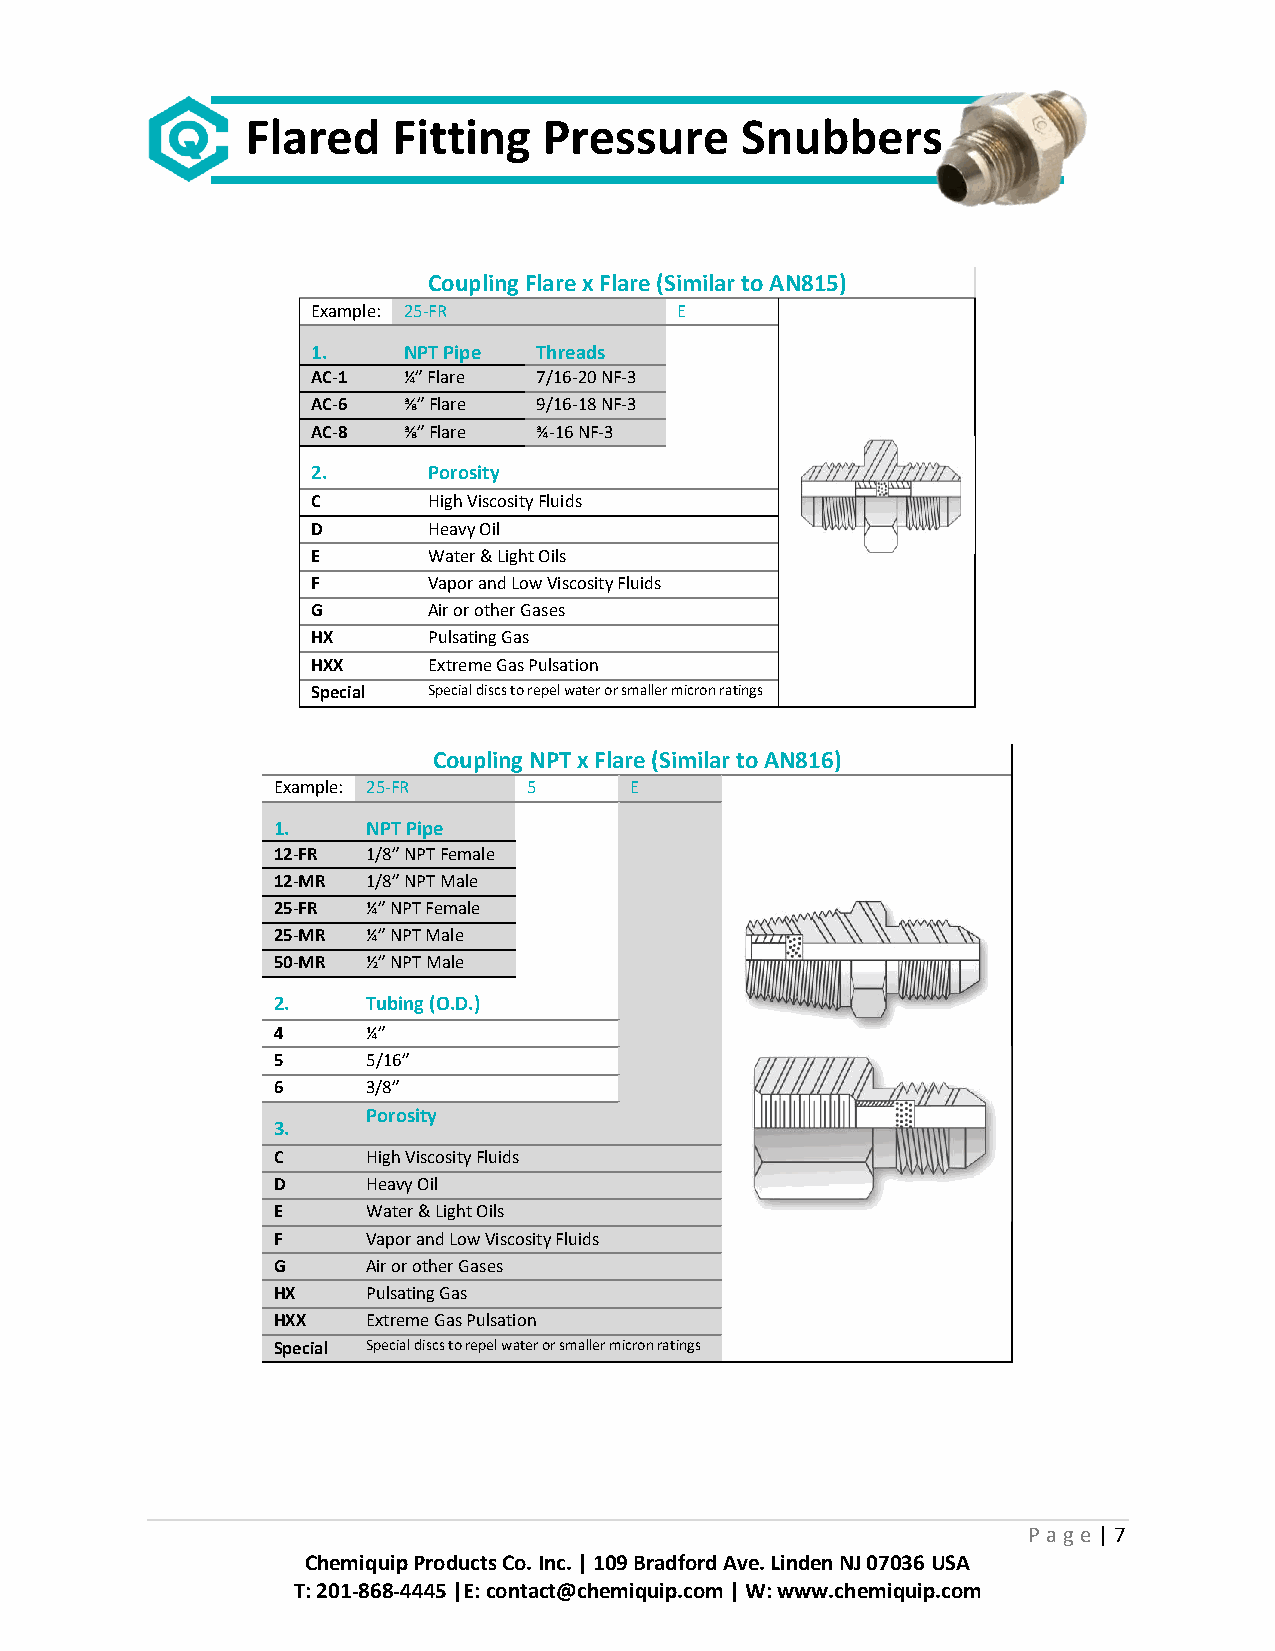
Flared    Fitting   Pressure     Snubbers
 Coupling Flare x Flare (Similar to AN815)
 Example: 25-FR          E
 1.    NPT P ipe Threads
 AC-1  ¼” Flare 7/16-20 NF-3
 AC-6  ⅜” Flare 9/16-18 NF-3
 AC-8  ⅜” Flare ¾-16 NF-3
 2.     Porosity
 C      High Viscosity Fluids
 D      Heavy Oil
 E      Water & Light Oils
 F      Vapor and Low Viscosity Fluids
 G      Air or other Gases
 HX     Pulsating Gas
 HXX    Extreme Gas Pulsation
 Special Special discs to repel water or smaller micron ratings
 Coupling NPT x Flare (Similar to AN816)
 Example: 25-FR   5      E
 1.    NPT Pipe
 12-FR 1/8” NPT Female
 12-MR 1/8” NPT Male
 25-FR ¼” NPT Female
 25-MR ¼” NPT Male
 50-MR ½” NPT Male
 2.    Tubing (O.D.)
 4     ¼”
 5     5/16”
 6     3/8”
 Porosity
 3.
 C     High Viscosity Fluids
 D     Heavy Oil
 E     Water & Light Oils
 F     Vapor and Low Viscosity Fluids
 G     Air or other Gases
 HX    Pulsating Gas
 HXX   Extreme Gas Pulsation
 Special Special discs to repel water or smaller micron ratings
 P age | 7
 Chemiquip Products Co. Inc. | 109 Bradford Ave. Linden NJ 07036 USA
 T: 201-868-4445 |E: contact@chemiquip.com | W: www.chemiquip.com